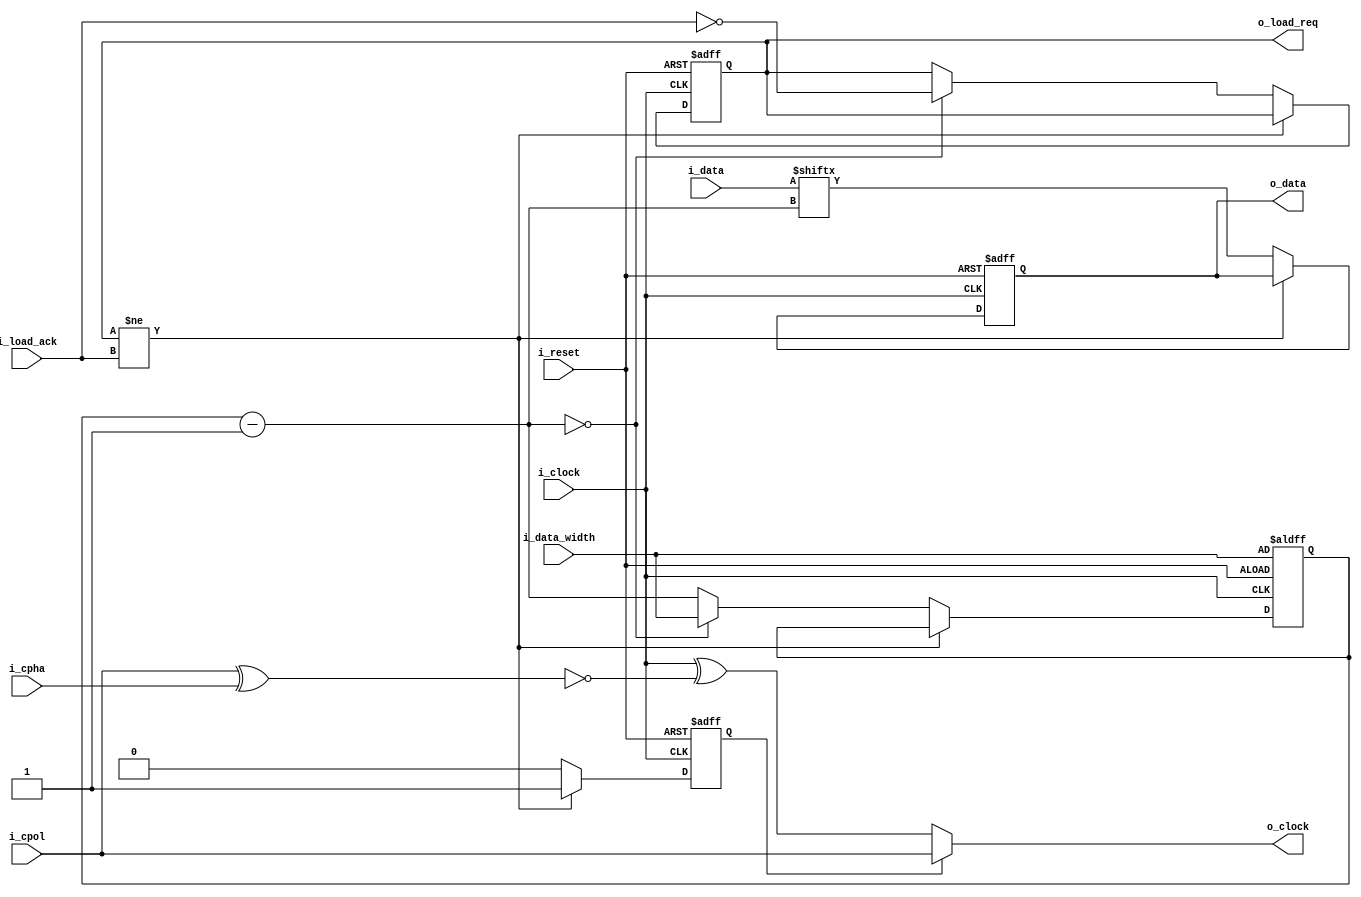

module spi_tx(
    input               i_reset,
    input               i_clock,
    input      [ 3:0]   i_data_width,
    input      [15:0]   i_data,
    input               i_cpol,
    input               i_cpha,
    input               i_load_ack,
    output reg          o_load_req      = 0,
    output              o_clock,
    output reg          o_data          = 0
);

    reg        [ 3:0]   i               = 0;
    reg                 is_idle         = 1;
    wire                wait_load       = o_load_req != i_load_ack;
    assign              o_clock         = is_idle ? i_cpol : i_clock ^ ~(i_cpol ^ i_cpha);

always @ (posedge i_reset or posedge i_clock) begin
    if (i_reset) begin
        o_data                          = 0;
        o_load_req                      = 0;
        i                               = i_data_width;
        is_idle                         = 1;
    end else if (wait_load == 0) begin
        i                               = i - 1;
        is_idle                         = 0;
        o_data                          = i_data[i];

        if (i == 0) begin
            i                           = i_data_width;
            o_load_req                  = ~i_load_ack;
        end
    end else begin
        is_idle                         = 1;
    end
end

endmodule